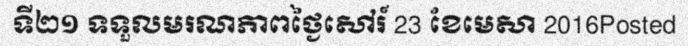
ទី២១ ទទួលមរណភាពថ្ងៃសៅរ៍ 23 ខែមេសា 2016Posted